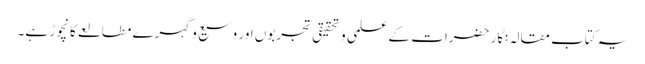
یہ کتاب مقالہ نگار حضرات کے علمی وتحقیقی تجربوں اور وسیع وگہرے مطالعے کا نچوڑ ہے۔